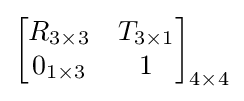
{}{\begin{bmatrix}R_{3\times 3}&T_{3\times 1}\\0_{1\times 3}&1\end{bmatrix}}_{4\times 4}